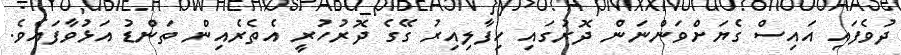
ދުވެފައި އައިސް ގެޔަށްވަންނަން ދޮރުގައި ހިފާލިއިރު ގޭގެ ދޮރުހުރީ އެތެރެއިން ތަންޑު އަޅުވާފައެވެ.